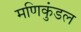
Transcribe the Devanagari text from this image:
मणिकुंडल